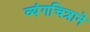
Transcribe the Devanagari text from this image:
व्यंगचित्राने